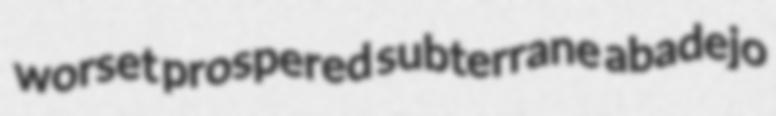
worset prospered subterrane abadejo